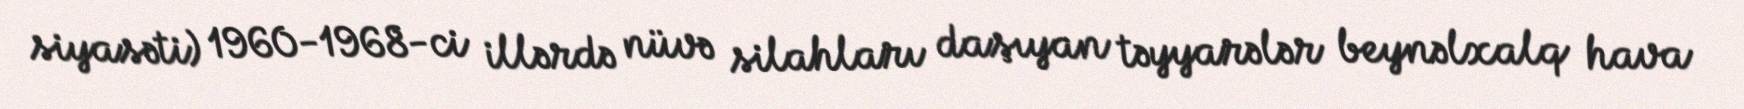
siyasəti) 1960-1968-ci illərdə nüvə silahları daşıyan təyyarələr beynəlxalq hava